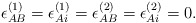
\begin{align*}\epsilon^{(1)}_{AB} = \epsilon^{(1)}_{Ai} =\epsilon^{(2)}_{AB} = \epsilon^{(2)}_{Ai} = 0.\end{align*}